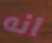
انه